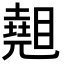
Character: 𥋈